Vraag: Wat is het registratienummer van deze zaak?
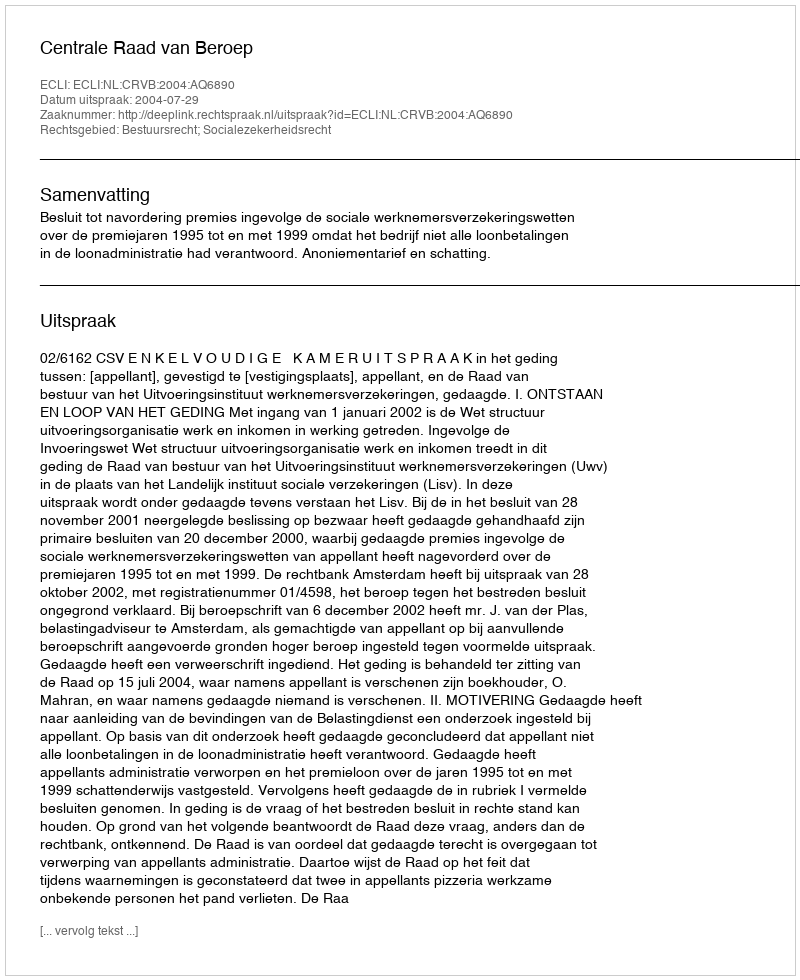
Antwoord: http://deeplink.rechtspraak.nl/uitspraak?id=ECLI:NL:CRVB:2004:AQ6890